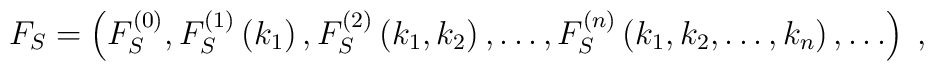
F_S=\left(F_S^{(0)}, F^{(1)}_S\left(k_1\right),F^{(2)}_S\left(k_1, k_2\right), \ldots ,F^{(n)}_S\left(k_1, k_2, \ldots, k_n\right), \ldots \right)\;,